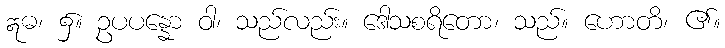
ဣဓ၊ ၌။ ဥပပန္နော ဝါ၊ သည်လည်း။ ဒေါသစရိတော၊ သည်။ ဟောတိ၊ ၏။